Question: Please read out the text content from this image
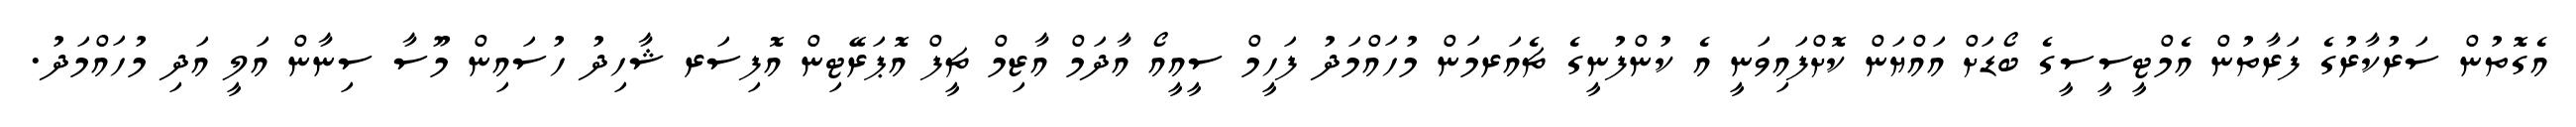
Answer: އެގޮތުން ސަރުކާރުގެ ފަރާތުން އެމްޓީސީސީގެ ބޯޑަށް އައްޔަން ކޮށްފައިވަނީ އެ ކުންފުނީގެ ޗެއަރމަން މުހައްމަދު ފަހީމް ސީއީއޯ އާދަމް އާޒިމް ޗީފް އޮޕަރޭޓިން އޮފިސަރ ޝާހިދު ހުސައިން މޫސާ ސިނާން އަލީ އަދި މުހައްމަދު.